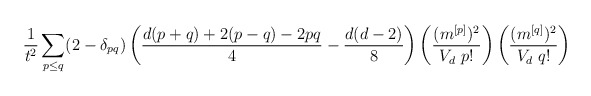
\begin{align*}\frac{1}{t^2} \sum_{p\le q} (2-\delta_{pq})\left(\frac{d(p+q)+2(p-q)-2pq}{4}-\frac{d(d-2)}{8}\right)\left(\frac{(m^{[p]})^2}{V_d~p!}\right)\left(\frac{(m^{[q]})^2}{V_d~q!}\right)\end{align*}